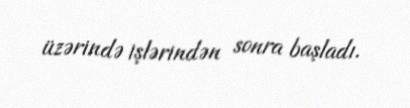
üzərində işlərindən sonra başladı.